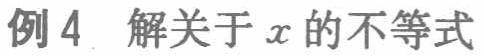
例4. 解关于\(x\)的不等式